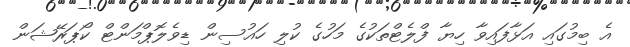
އެ ބިމުގައި އަޅާފައިވާ ހިޔާ ފްލެޓްތަކުގެ މަހުގެ ކުލި ހައުސިން ޑިވެލޮޕްމަންޓް ކޯޕަރޭޝަން